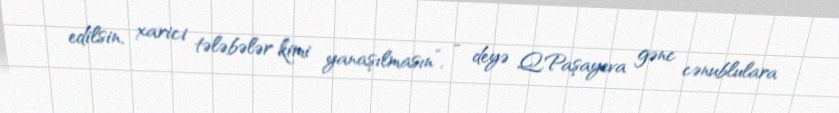
edilsin, xarici tələbələr kimi yanaşılmasın”, - deyə Q.Paşayeva gənc cənublulara